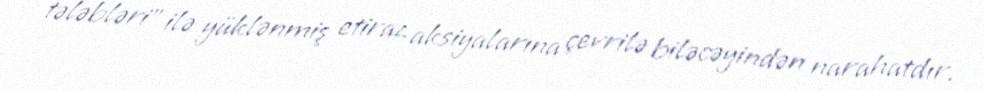
tələbləri" ilə yüklənmiş etiraz aksiyalarına çevrilə biləcəyindən narahatdır.